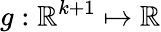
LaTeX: g:\mathbb{R}^{k+1}\mapsto\mathbb{R}